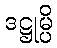
ဒဋ္ဌုမ္ပိ